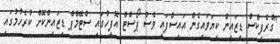
"ގްރެފިކްސް ޑިޒައިން ކިޔަވައިގެން އައިސްފައި ވެސް ޕޯސްޓް އޮފީހުގައި ސްޓޭމްޕް ޑިޒައިންކޮށް ކުރެހުމުގައި